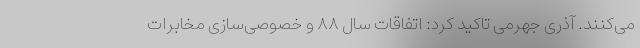
می‌کنند. آذری جهرمی تاکید کرد: اتفاقات سال ۸۸ و خصوصی‌سازی مخابرات